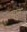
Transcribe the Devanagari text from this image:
याताः